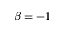
\beta = - 1